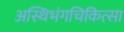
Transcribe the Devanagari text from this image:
अस्थिभंगचिकित्सा